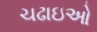
ચઢાઇઓ